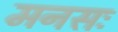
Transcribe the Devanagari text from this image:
मनसः